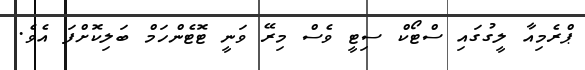
ޕްރެމިއާ ލީގުގައި ސްޓޯކް ސިޓީ ވެސް މިރޭ ވަނީ ޓޮޓެންހަމް ބަލިކޮށްފަ އެވެ.